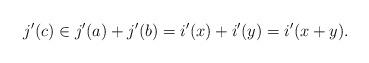
LaTeX: \begin{align*}j'(c) \in j'(a)+j'(b)=i'(x)+i'(y)=i'(x+y).\end{align*}